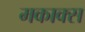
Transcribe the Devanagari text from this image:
मकाक्स